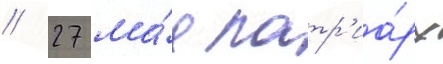
// 27 ма́я патр'иа́рх